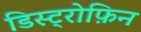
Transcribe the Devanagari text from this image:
डिस्ट्रोफ़िन